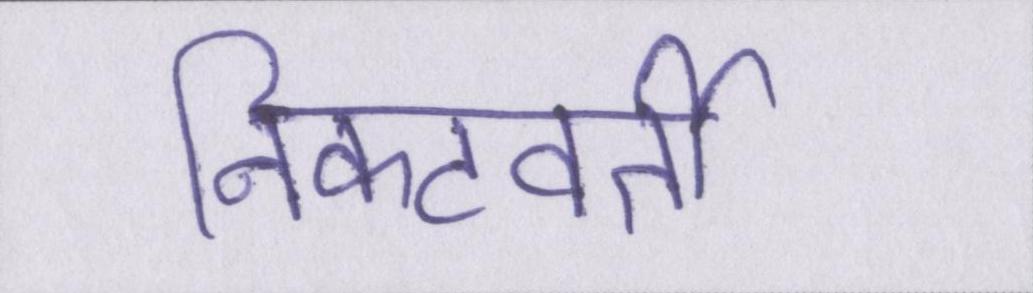
निकटवर्ती